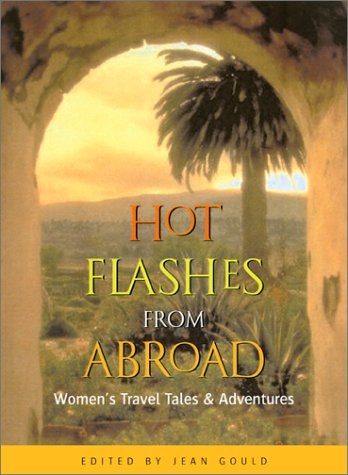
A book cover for Hot Flashes from Abroad 2 Ed: Women's Travel Tales and Adventures; Travel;